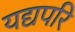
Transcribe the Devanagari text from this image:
यद्यपरि